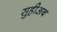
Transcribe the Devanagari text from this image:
सुहीअब